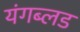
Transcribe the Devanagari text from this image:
यंगब्लड